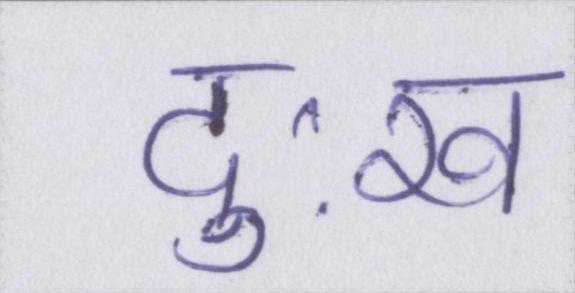
दुःख